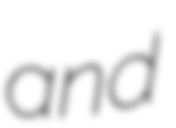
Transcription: and